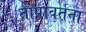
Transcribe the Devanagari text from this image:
तापावर्तना